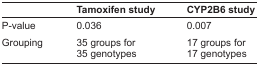
<table><thead><tr><td></td><td><b>Tamoxifen study</b></td><td><b>CYP2B6 study</b></td></tr></thead><tbody><tr><td>P-value</td><td>0.036</td><td>0.007</td></tr><tr><td>Grouping</td><td>35 groups for 35 genotypes</td><td>17 groups for 17 genotypes</td></tr></tbody></table>